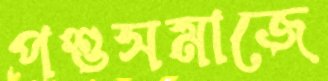
পশুসমাজে